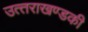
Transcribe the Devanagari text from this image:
उत्‍तराखण्‍डकी